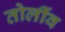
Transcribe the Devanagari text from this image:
तोर्लीव